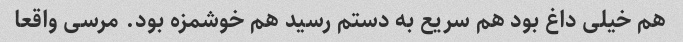
هم خیلی داغ بود هم سریع به دستم رسید هم خوشمزه بود. مرسی واقعا